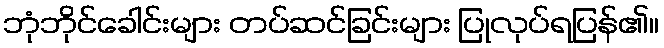
ဘုံဘိုင်ခေါင်းများ တပ်ဆင်ခြင်းများ ပြုလုပ်ရပြန်၏။